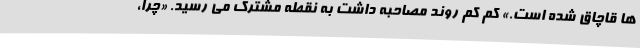
ها قاچاق شده است.» کم کم روند مصاحبه داشت به نقطه مشترک می رسید. «چرا،